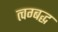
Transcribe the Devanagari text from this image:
त्वग्बद्ध